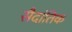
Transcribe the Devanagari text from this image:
सैदांतिक